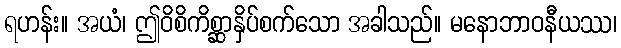
ရဟန်း။ အယံ၊ ဤဝိစိကိစ္ဆာနှိပ်စက်သော အခါသည်။ မနောဘာဝနီယဿ၊